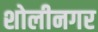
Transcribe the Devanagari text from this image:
शोलीनगर